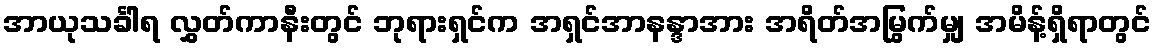
အာယုသင်္ခါရ လွှတ်ကာနီးတွင် ဘုရားရှင်က အရှင်အာနန္ဒာအား အရိတ်အမြွက်မျှ အမိန့်ရှိရာတွင်